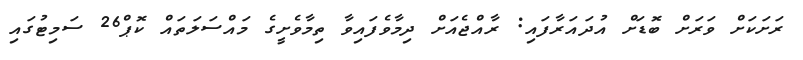
ރަށަކަށް ވަރަށް ބޮޑަށް އުދައަރާފައި: ރާއްޖެއަށް ދިމާވެފައިވާ ތިމާވެށީގެ މައްސަލަތައް ކޮޕް26 ސަމިޓުގައި